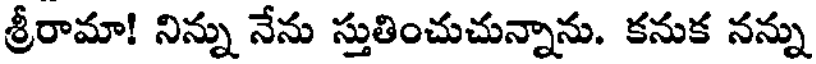
శ్రీరామా! నిన్ను నేను స్తుతించుచున్నాను. కనుక నన్ను